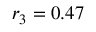
r _ { 3 } = 0 . 4 7